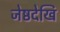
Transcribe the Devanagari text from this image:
जेष्ठदेखि